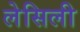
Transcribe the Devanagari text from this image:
लेसिली